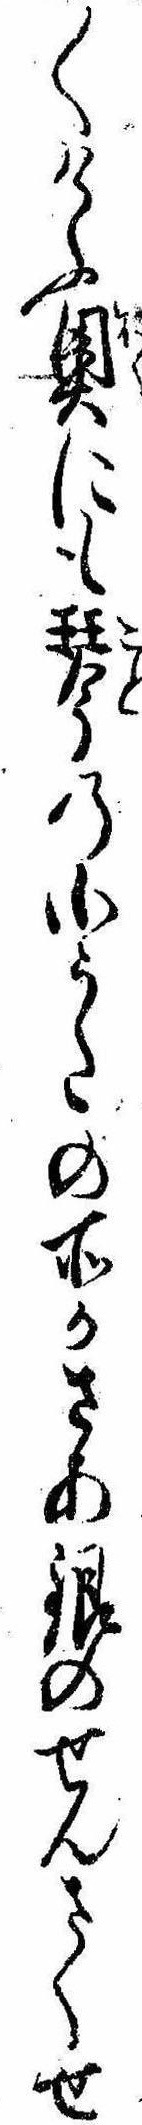
〱けふ奥にも琴の小うたの所かさあ銀のせんさくせ